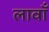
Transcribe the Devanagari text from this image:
लावाँ